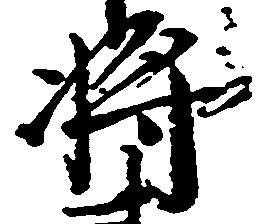
将